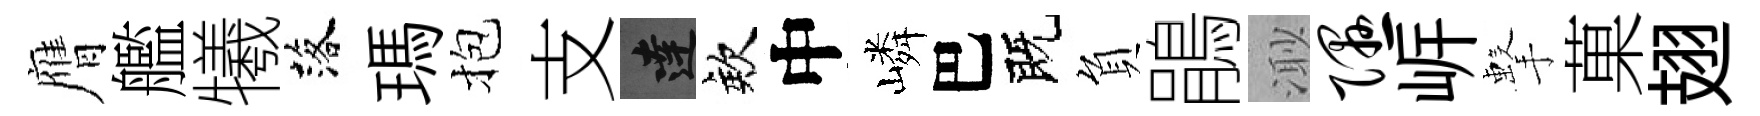
膺艦犧落瑪抱支達欸中嶙巴既負鵑𣺌隰㟁擊菓翅